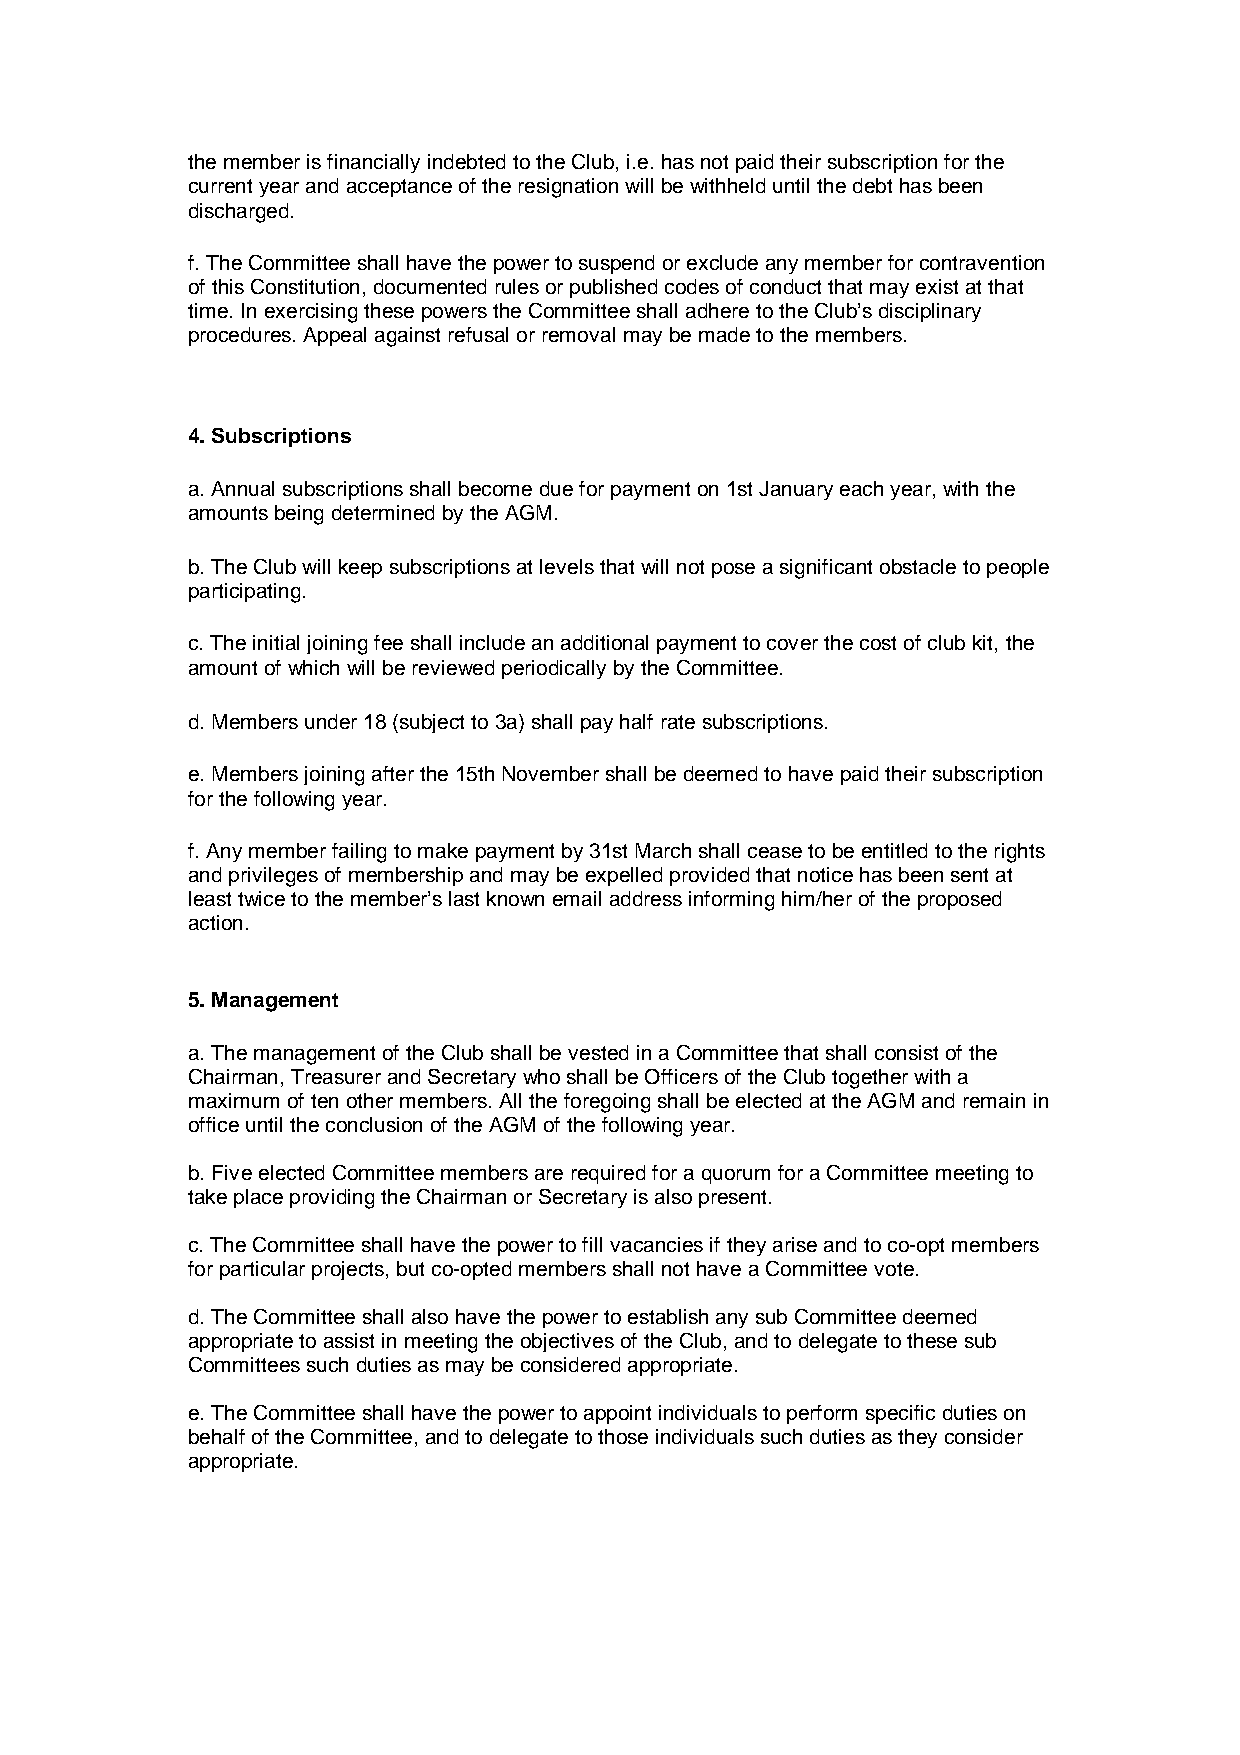
the member is financially indebted to the Club, i.e. has not paid their subscription for the
 current year and acceptance of the resignation will be withheld until the debt has been
 discharged.
 f. The Committee shall have the power to suspend or exclude any member for contravention
 of this Constitution, documented rules or published codes of conduct that may exist at that
 time. In exercising these powers the Committee shall adhere to the Club’s disciplinary
 procedures. Appeal against refusal or removal may be made to the members.
 4. Subscriptions
 a. Annual subscriptions shall become due for payment on 1st January each year, with the
 amounts being determined by the AGM.
 b. The Club will keep subscriptions at levels that will not pose a significant obstacle to people
 participating.
 c. The initial joining fee shall include an additional payment to cover the cost of club kit, the
 amount of which will be reviewed periodically by the Committee.
 d. Members under 18 (subject to 3a) shall pay half rate subscriptions.
 e. Members joining after the 15th November shall be deemed to have paid their subscription
 for the following year.
 f. Any member failing to make payment by 31st March shall cease to be entitled to the rights
 and privileges of membership and may be expelled provided that notice has been sent at
 least twice to the member’s last known email address informing him/her of the proposed
 action.
 5. Management
 a. The management of the Club shall be vested in a Committee that shall consist of the
 Chairman, Treasurer and Secretary who shall be Officers of the Club together with a
 maximum of ten other members. All the foregoing shall be elected at the AGM and remain in
 office until the conclusion of the AGM of the following year.
 b. Five elected Committee members are required for a quorum for a Committee meeting to
 take place providing the Chairman or Secretary is also present.
 c. The Committee shall have the power to fill vacancies if they arise and to co-opt members
 for particular projects, but co-opted members shall not have a Committee vote.
 d. The Committee shall also have the power to establish any sub Committee deemed
 appropriate to assist in meeting the objectives of the Club, and to delegate to these sub
 Committees such duties as may be considered appropriate.
 e. The Committee shall have the power to appoint individuals to perform specific duties on
 behalf of the Committee, and to delegate to those individuals such duties as they consider
 appropriate.